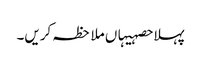
پہلا حصہیہاں ملاحظہ کریں۔